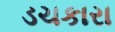
ડચકારા